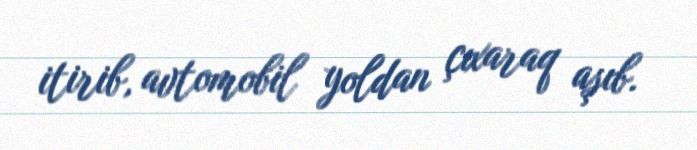
itirib, avtomobil yoldan çıxaraq aşıb.